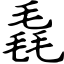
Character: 毳